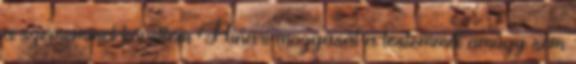
a szememmel követtem Hinari mozgását a testemmel amúgy sem